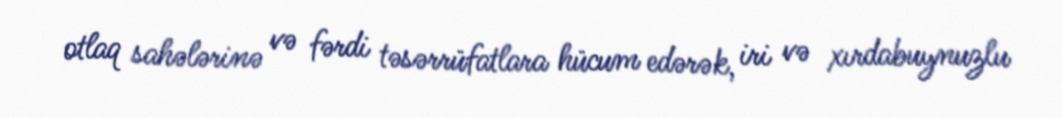
otlaq sahələrinə və fərdi təsərrüfatlara hücum edərək, iri və xırdabuynuzlu